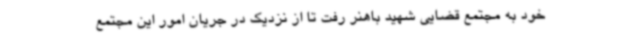
خود به مجتمع قضایی شهید باهنر رفت تا از نزدیک در جریان امور این مجتمع